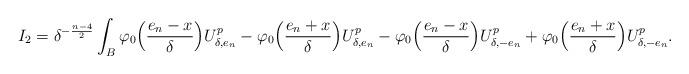
LaTeX: \begin{align*} I_2 = \delta^{-\frac{n-4}{2}}\int_{B} \varphi_0\Big(\frac{e_n-x}{\delta}\Big)U_{\delta,e_n}^p -\varphi_0\Big(\frac{e_n+x}{\delta}\Big)U_{\delta,e_n}^p -\varphi_0\Big(\frac{e_n-x}{\delta}\Big)U_{\delta,-e_n}^p +\varphi_0\Big(\frac{e_n+x}{\delta}\Big)U_{\delta,-e_n}^p.\end{align*}